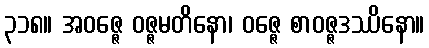
၃၁၈။ အဝဇ္ဇေ ဝဇ္ဇမတိနော၊ ဝဇ္ဇေ စာဝဇ္ဇဒဿိနော။